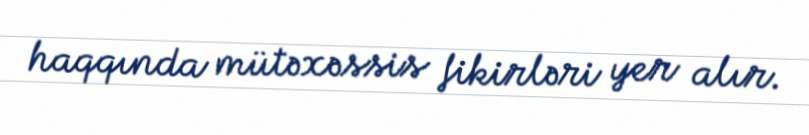
haqqında mütəxəssis fikirləri yer alır.